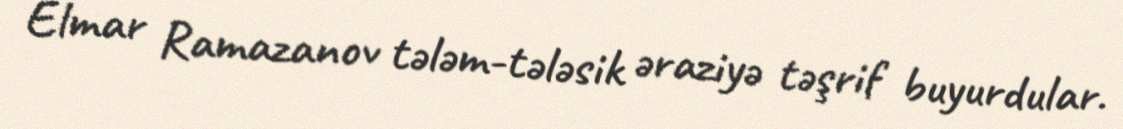
Elmar Ramazanov tələm-tələsik əraziyə təşrif buyurdular.